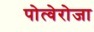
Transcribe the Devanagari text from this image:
पोत्वेरोजा